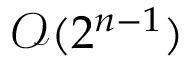
{ \mathcal { O } } ( 2 ^ { n - 1 } )